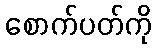
စောက်ပတ်ကို